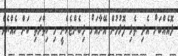
ލޮއެއްބަށް އެދި ތެޅި ފޮޅުމުން އޭނާއަށް ލިބެންޖެހެނީ މި ހިތްދަތި ކަން ހެއްޔެވެ